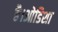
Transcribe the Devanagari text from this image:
है।ओडिशा